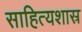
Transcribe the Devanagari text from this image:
साहित्यशास्र